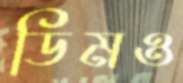
ডিমও